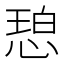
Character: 𫺠